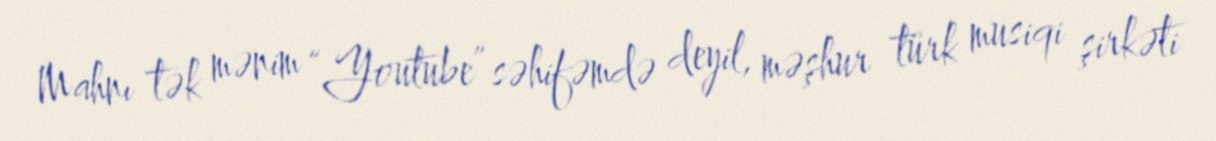
Mahnı tək mənim “Youtube” səhifəmdə deyil, məşhur türk musiqi şirkəti